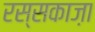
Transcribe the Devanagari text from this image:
रस्सकाज़ा